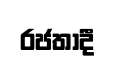
රජතාදී